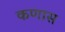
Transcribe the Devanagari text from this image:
कणास